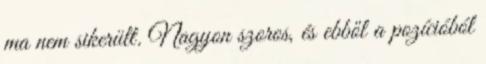
ma nem sikerült. Nagyon szoros, és ebből a pozícióból